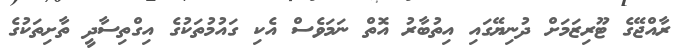
ރާއްޖޭގެ ޓޫރިިޒަމަށް ދުނިޔޭގަައި އިތުބާރު އޮތް ނަމަވެސް އެކި ގައުމުތަކުގެ އިގްތިސާދީ ތާށިތަކުގެ